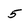
Character: 5